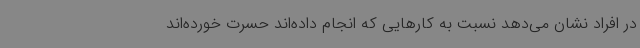
در افراد نشان می‌دهد نسبت به کارهایی که انجام داده‌اند حسرت خورده‌اند